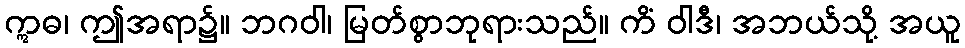
ဣဓ၊ ဤအရာ၌။ ဘဂဝါ၊ မြတ်စွာဘုရားသည်။ ကိံ ဝါဒီ၊ အဘယ်သို့ အယူ